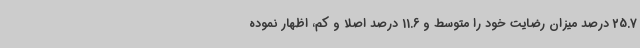
25.7 درصد میزان رضایت خود را متوسط و 11.6 درصد اصلا و کم، اظهار نموده